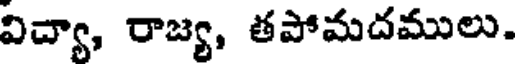
విద్యా, రాజ్య, తపోమదములు.